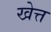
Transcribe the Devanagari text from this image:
खेत्त